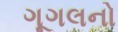
ગૂગલનો